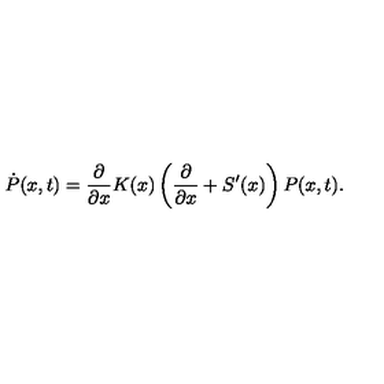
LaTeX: \dot { P } ( x , t ) = \frac { \partial } { \partial x } K ( x ) \left( \frac { \partial } { \partial x } + S ^ { \prime } ( x ) \right) P ( x , t ) .